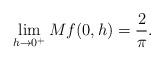
LaTeX: \begin{align*}\lim_{h\rightarrow 0^+}Mf(0,h)=\frac{2}{\pi}.\end{align*}